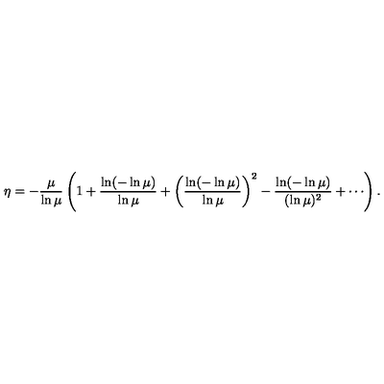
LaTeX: \protect \eta = - { \frac { \mu } { \ln \mu } } \left( 1 + { \frac { \ln ( - \ln \mu ) } { \ln \mu } } + \left( { \frac { \ln ( - \ln \mu ) } { \ln \mu } } \right) ^ { 2 } - { \frac { \ln ( - \ln \mu ) } { ( \ln \mu ) ^ { 2 } } } + \cdots \right) .